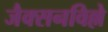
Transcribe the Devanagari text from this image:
जैक्सनविल्ले